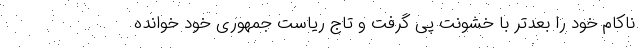
ناکام خود را بعدتر با خشونت پی گرفت و تاج ریاست جمهوری خود خوانده